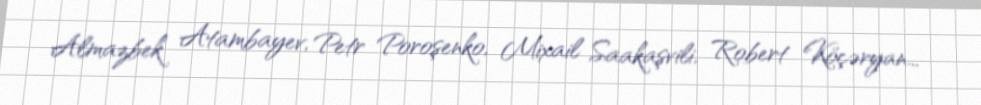
Almazbek Atambayev, Petr Poroşenko, Mixail Saakaşvili, Robert Köçəryan...